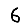
Digit: 6